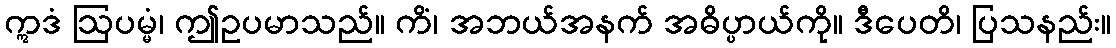
ဣဒံ ဩပမ္မံ၊ ဤဥပမာသည်။ ကိံ၊ အဘယ်အနက် အဓိပ္ပာယ်ကို။ ဒီပေတိ၊ ပြသနည်း။